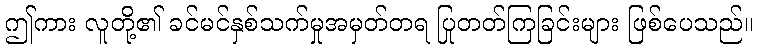
ဤကား လူတို့၏ ခင်မင်နှစ်သက်မှုအမှတ်တရ ပြုတတ်ကြခြင်းများ ဖြစ်ပေသည်။